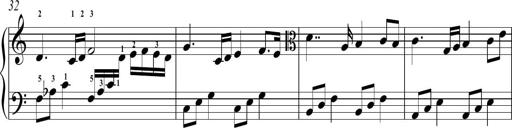
Title: Sonatina No.2 in C
Composer: A. Marando
Key: C major